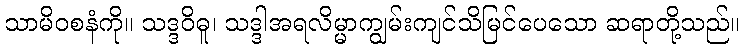
သာမိဝစနံကို။ သဒ္ဒဝိဓူ၊ သဒ္ဒါအရလိမ္မာကျွမ်းကျင်သိမြင်ပေသော ဆရာတို့သည်။